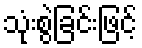
သုံးစွဲခြင်းဖြင့်